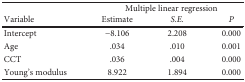
<table><thead><tr><td></td><td colspan="3"><b>Multiple linear regression</b></td></tr><tr><td><b>Variable</b></td><td><b>Estimate</b></td><td><b><i>S.E.</i></b></td><td><b><i>P</i></b></td></tr></thead><tbody><tr><td>Intercept</td><td>−8.106</td><td>2.208</td><td>0.000</td></tr><tr><td>Age</td><td>.034</td><td>.010</td><td>0.001</td></tr><tr><td>CCT</td><td>.036</td><td>.004</td><td>0.000</td></tr><tr><td>Young&#x27;s modulus</td><td>8.922</td><td>1.894</td><td>0.000</td></tr></tbody></table>